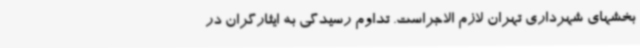
بخشهای شهرداری تهران لازم الاجراست. تداوم رسیدگی به ایثارگران در